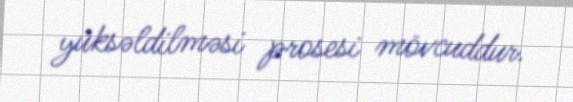
yüksəldilməsi prosesi mövcuddur.